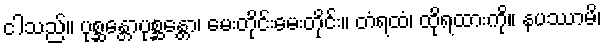
ငါသည်။ ပုစ္ဆန္တောပုစ္ဆန္တော၊ မေးတိုင်းမေးတိုင်း။ တံရထံ၊ ထိုရထားကို။ နပဿာမိ၊